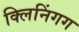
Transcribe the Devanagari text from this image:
क्लिनिंगग